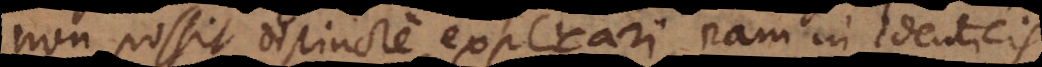
non possit distincte explicari, nam in identicis